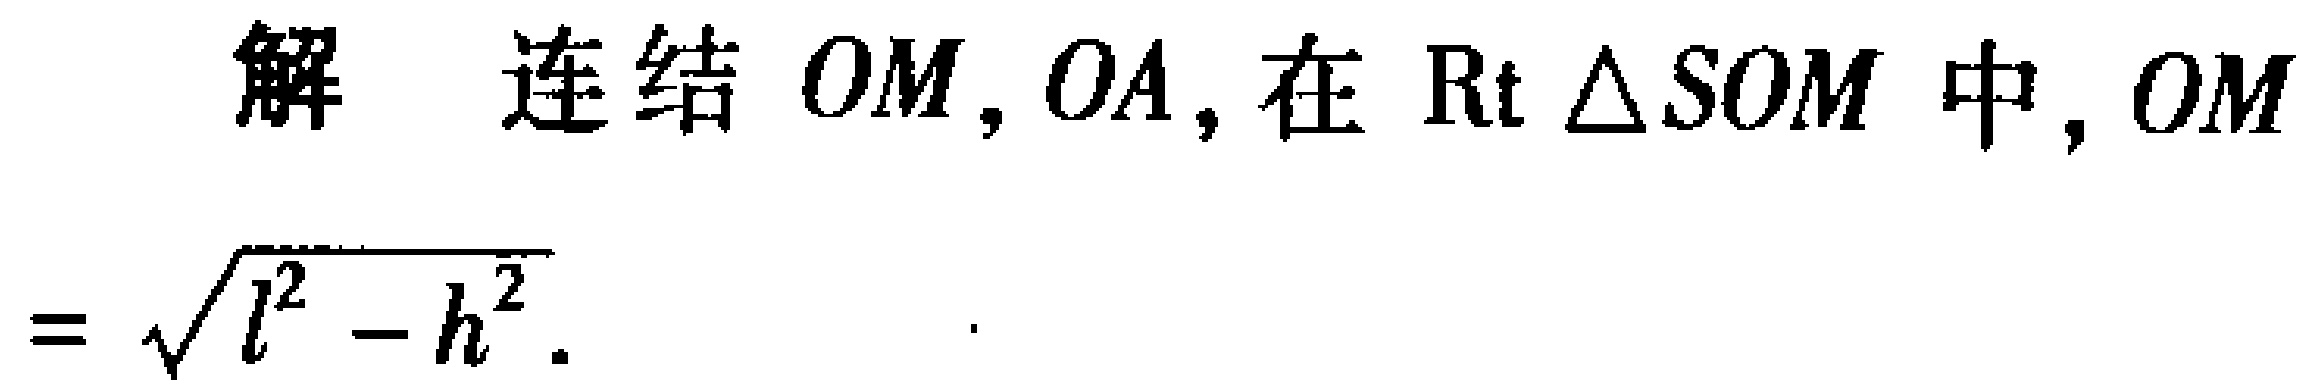
解 连结 \(OM,OA\)，在 \(\text{Rt}\triangle SOM\) 中，\(OM = \sqrt{l^{2}-h^{2}}\).